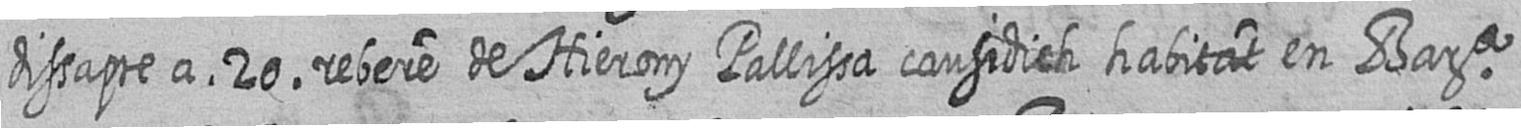
dissapte a 20 rebere de Hierony Pallisa causidich habitat en Bara